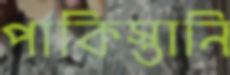
পাকিস্তানি